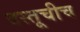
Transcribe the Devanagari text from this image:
वस्तूचीच